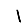
Digit: 1